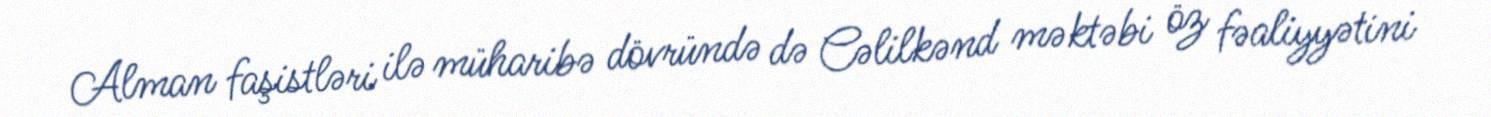
Alman faşistləri ilə müharibə dövründə də Cəlilkənd məktəbi öz fəaliyyətini